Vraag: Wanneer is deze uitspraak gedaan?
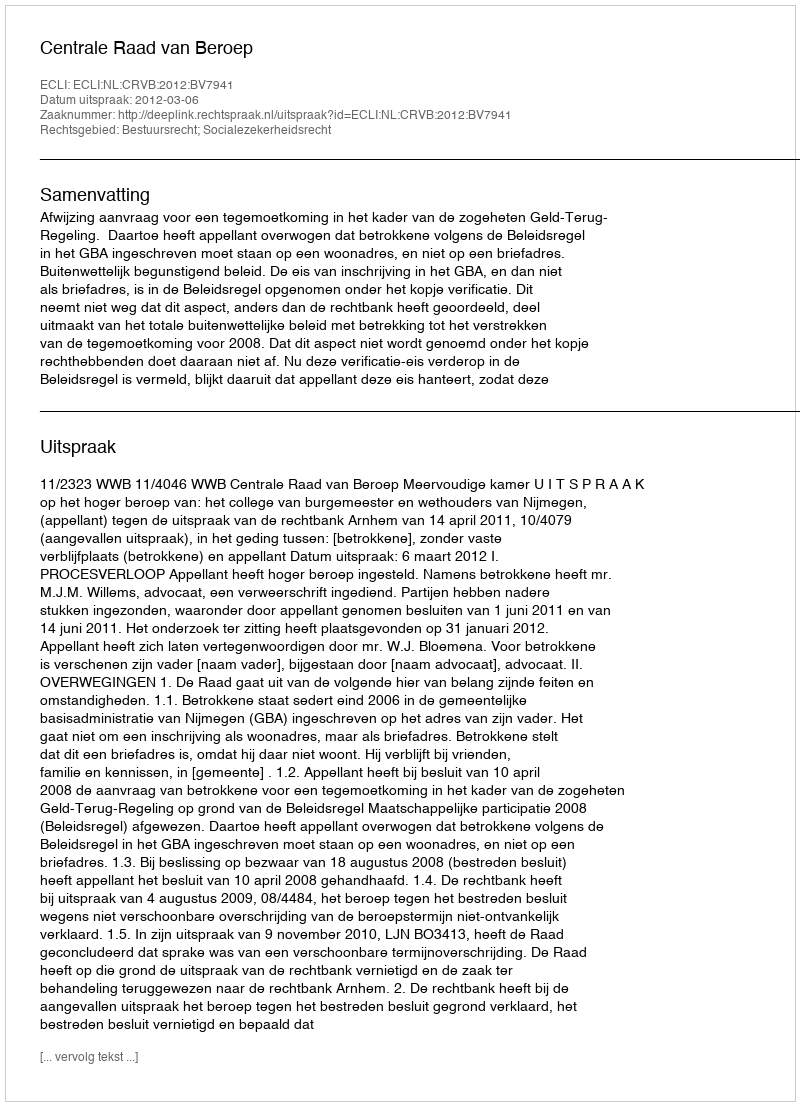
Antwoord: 2012-03-06